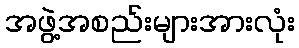
အဖွဲ့အစည်းများအားလုံး